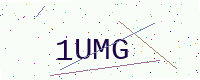
Text: 1UMG